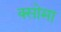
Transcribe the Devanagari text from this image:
क्सोमा